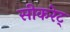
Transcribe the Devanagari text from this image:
सीकरेट्